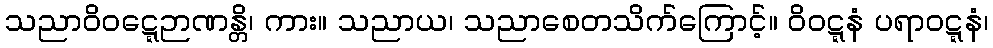
သညာဝိဝဋ္ဋေဉာဏန္တိ၊ ကား။ သညာယ၊ သညာစေတသိက်ကြောင့်။ ဝိဝဋ္ဋနံ ပရာဝဋ္ဋနံ၊